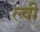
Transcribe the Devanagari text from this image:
ल्वी